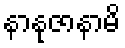
နာနုဇာနာမိ